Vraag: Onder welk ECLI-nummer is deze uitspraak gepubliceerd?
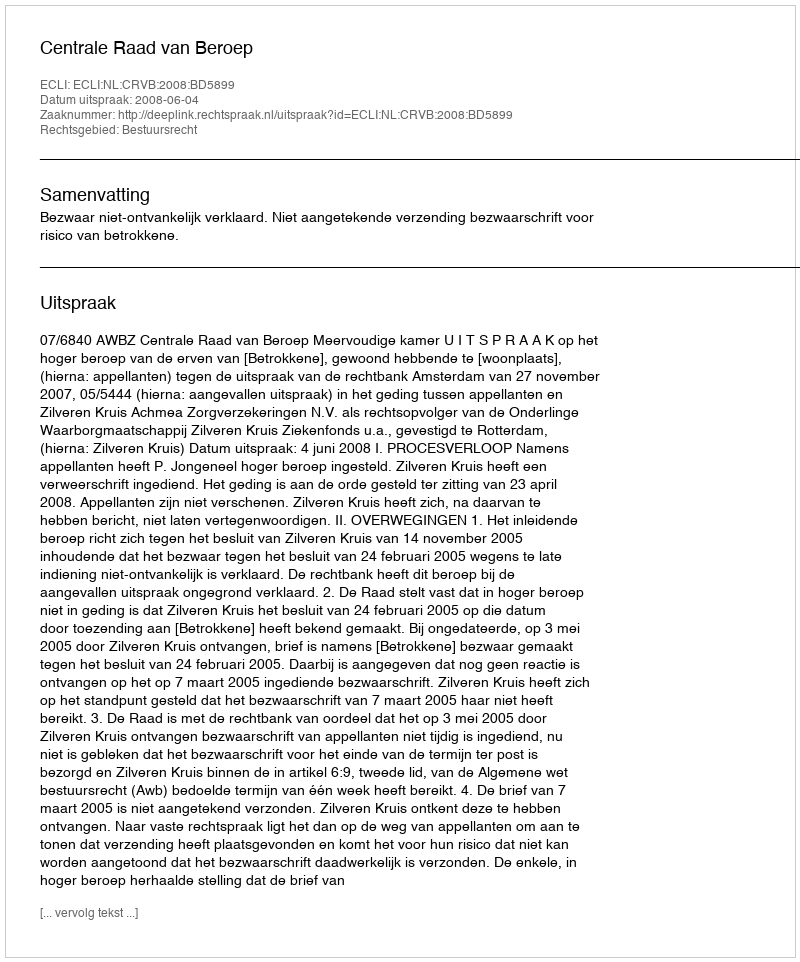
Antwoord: ECLI:NL:CRVB:2008:BD5899